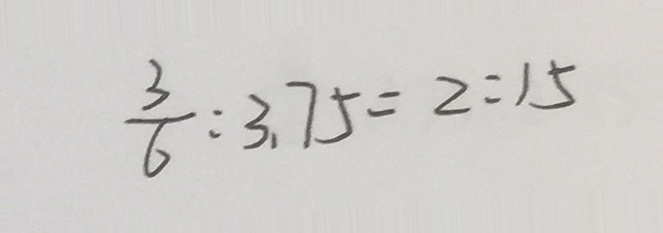
\frac { 3 } { 6 } : 3 . 7 5 = 2 : 1 5